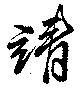
靖